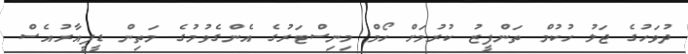
ދުވަހުގެ ޖަލު ހުކުމް ތަންފީޒު ކުރުމަށް ހޯމް މިނިސްޓަރުގެ އެންގެވުމުގެ މަތިން ޑީޕީއާރުއެސް